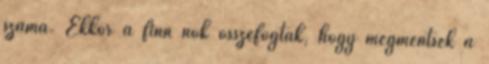
száma. Ekkor a finn nők összefogtak, hogy megmentsék a